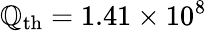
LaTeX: \mathbb{Q}_{\mathrm{{th}}}=1.41\times10^{8}